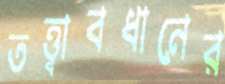
তত্ত্বাবধানের